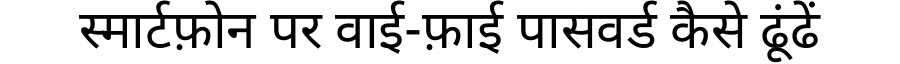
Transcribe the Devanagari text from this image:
स्मार्टफ़ोन पर वाई-फ़ाई पासवर्ड कैसे ढूंढें